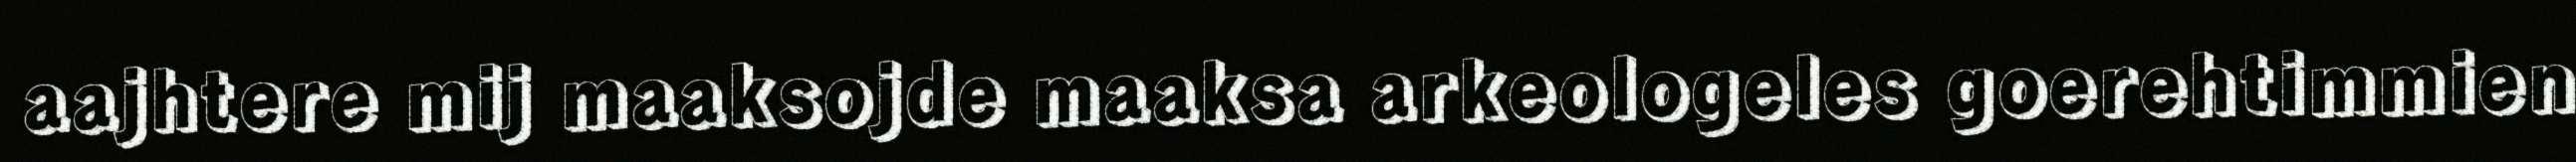
aajhtere mij maaksojde maaksa arkeologeles goerehtimmien